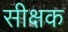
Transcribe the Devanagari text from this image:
सीक्षक